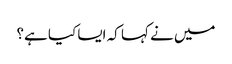
میں نے کہا کہ ایسا کیا ہے؟